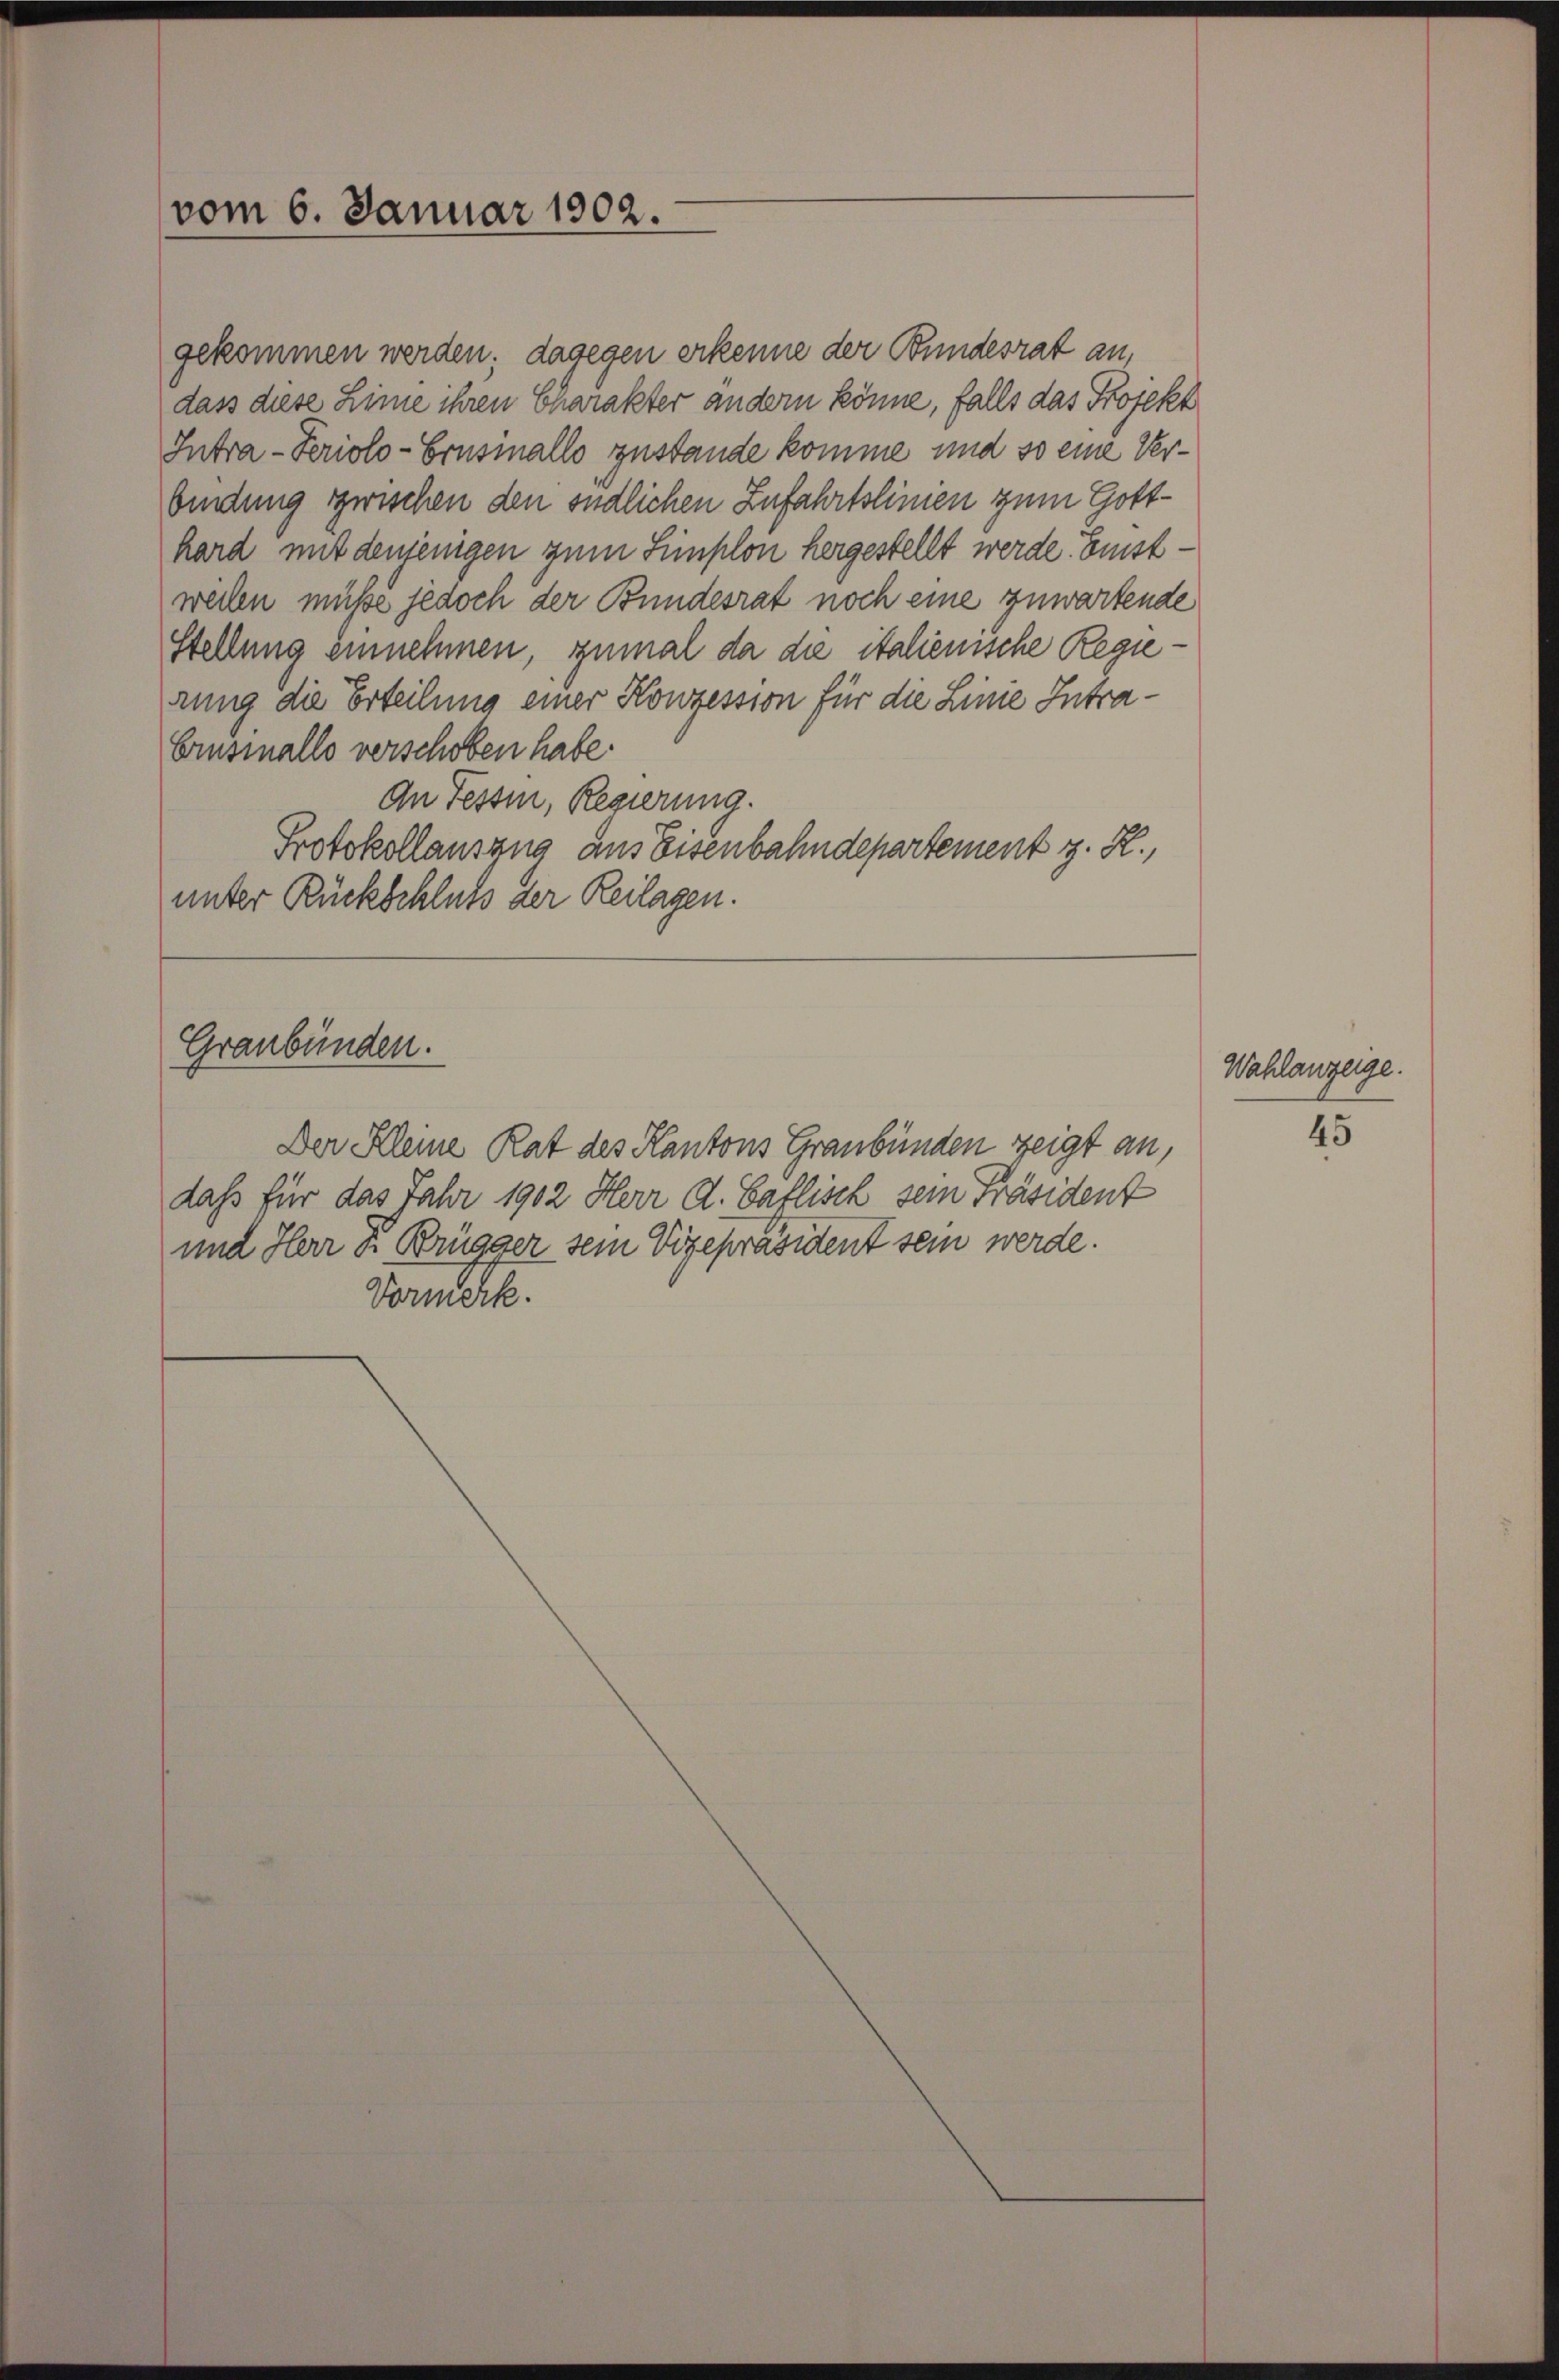
vom 6. Januar 1902.

gekommen werden; dagegen erkenne der Bundesrat an,
dass diese Linie ihren Charakter andern könne, falls das Projekt
Intra-Periolo-Consinallo zustande komme und so eine Verbindung zwischen den endlichen Zufahrtslinien zum Gotthard mit denjenigen zum Simplon hergestellt werde. Beistwellen müße jedoch der Bundesrat noch eine zuwartende
Stellung einnehmen, zumal da die italienische Regierung die Erteilung einer Konzession für die Linie Intra¬
Erusinallo verschoben habe.
An Tessin, Regierung.
Protokollauszug aus Eisenbahndepartement z. R.,
unter Rückschluss der Reilagen.

Graubünden.

Der Kleine Rat des Kantons Graubünden zeigt an,
dass für das Jahr 1902 Herr G. Saflisch sein Präsident
und Herr v. Brügger sein Vizepräsident sein werde.
Vormerk.

Wahlanzeige.

45